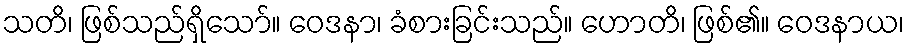
သတိ၊ ဖြစ်သည်ရှိသော်။ ဝေဒနာ၊ ခံစားခြင်းသည်။ ဟောတိ၊ ဖြစ်၏။ ဝေဒနာယ၊